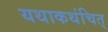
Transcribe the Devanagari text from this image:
यथाकथंचित्‌